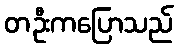
တဦးကပြောသည်